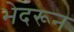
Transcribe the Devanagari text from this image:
भेदरून